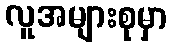
လူအများစုမှာ